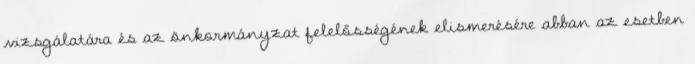
vizsgálatára és az önkormányzat felelősségének elismerésére abban az esetben